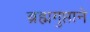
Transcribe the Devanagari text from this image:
ब्रह्मगुप्ताने